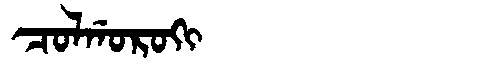
Manchu: ᠴᠣᠯᡤᠣᡵᠣᡴᡳ
Romanization: COLGOROKI